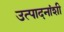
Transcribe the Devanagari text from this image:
उत्पादनांशी